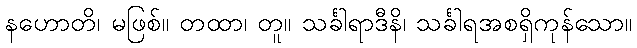
နဟောတိ၊ မဖြစ်။ တထာ၊ တူ။ သင်္ခါရာဒီနိ၊ သင်္ခါရအစရှိကုန်သော။